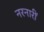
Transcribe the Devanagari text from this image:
नरनारीं